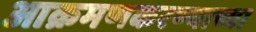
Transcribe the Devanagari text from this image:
आक्रमणकरण्याच्या